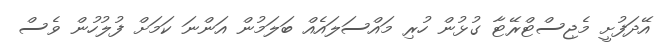
އޭދަފުށީ މެޖިސްޓްރޭޓާ ގުޅުން ހުރި މައްސަލައެއް ބަލަމުން އަންނަ ކަމަށް ފުލުހުން ވެސް